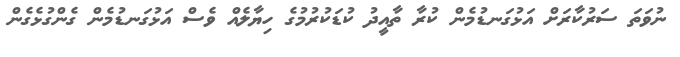
ނުވަތަ ސަރުކާރަށް އަޅުގަނޑުމެން ކުރާ ތާއީދު ކުޑަކުރުމުގެ ހިޔާލެއް ވެސް އަޅުގަނޑުމެން ގެންގުޅެގެން